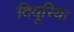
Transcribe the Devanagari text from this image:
दियूरिया